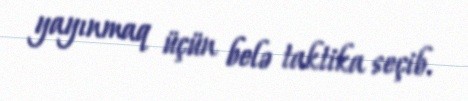
yayınmaq üçün belə taktika seçib.